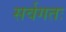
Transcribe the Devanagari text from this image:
सर्वगतः